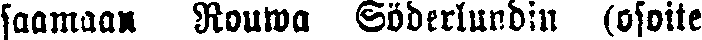
saamaan Rouwa Söderlundin (osoite